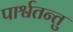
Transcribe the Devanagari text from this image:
पार्श्वतन्तु